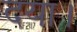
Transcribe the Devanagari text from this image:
दया।